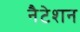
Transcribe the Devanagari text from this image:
नैटेशन